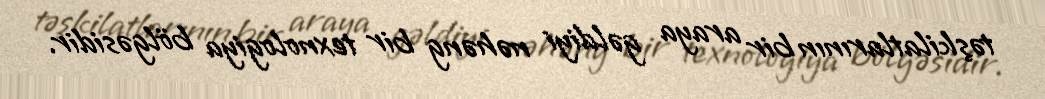
təşkilatlarının bir araya gəldiyi nəhəng bir texnologiya bölgəsidir.